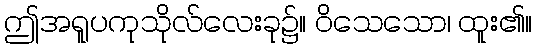
ဤအရူပကုသိုလ်လေးခု၌။ ဝိသေသော၊ ထူး၏။